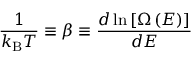
{ \frac { 1 } { k _ { \mathrm { B } } T } } \equiv \beta \equiv { \frac { d \ln \left[ \Omega \left( E \right) \right] } { d E } }